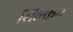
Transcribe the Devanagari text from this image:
सिल्कन